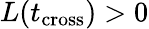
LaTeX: L(t_{\mathrm{cross}})>0